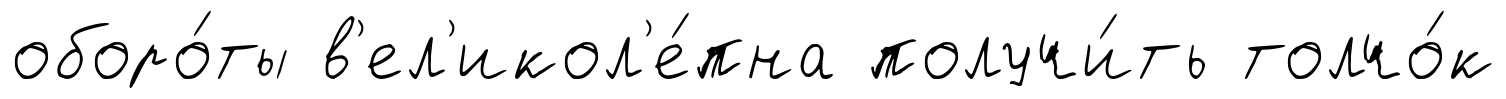
оборо́ты в'ел'икол'е́пна получи́ть толчо́к